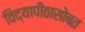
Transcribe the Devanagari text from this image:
विद्यापीठासोबत